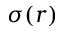
\sigma ( r )